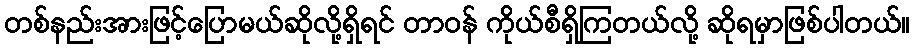
တစ်နည်းအားဖြင့်ပြောမယ်ဆိုလို့ရှိရင် တာဝန် ကိုယ်စီရှိကြတယ်လို့ ဆိုရမှာဖြစ်ပါတယ်။